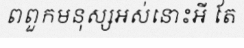
ពពួកមនុស្សអស់នោះអី តែ